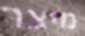
מיצר